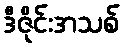
ဒီဇိုင်းအသစ်